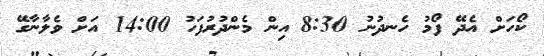
ކޯހަށް އެދޭ ފޯމު ހެނދުނު 8:30 އިން މެންދުރުފަހު 14:00 އަށް ވެލާނާގޭ